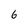
Character: 6